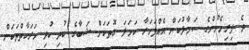
ދެ ފިރިހެނުންގެ ސަމާލުކަން އެއްފަހަރާ ކަހަލަ ގޮތަކަށް ޝަބާގެ ކުދި ކުދި ހަރަކާތްތަކަށް